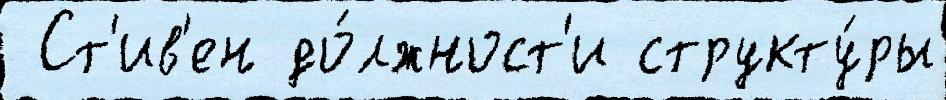
 Ст'ив'ен до́лжност'и структу́ры